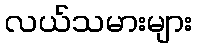
လယ်သမားများ